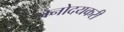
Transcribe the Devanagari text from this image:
जनोदयकरी